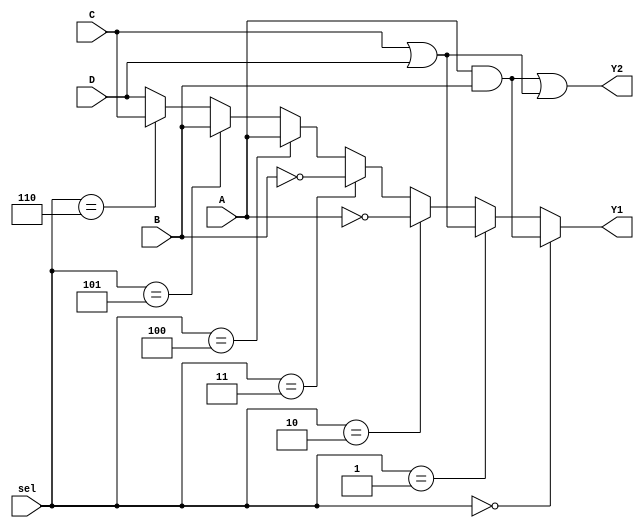
module CLB (
    input wire A,        // Input A
    input wire B,        // Input B
    input wire C,        // Input C
    input wire D,        // Input D
    input wire [2:0] sel, // Select signal for operation
    output wire Y1,      // Output Y1
    output wire Y2       // Output Y2
    );

    // Internal signal declarations
    wire and_out;
    wire or_out;
    wire not_a;
    wire not_b;
    wire mux_out;

    // Logic elements
    assign and_out = A & B;            // AND operation
    assign or_out = C | D;              // OR operation
    assign not_a = ~A;                  // NOT operation
    assign not_b = ~B;                  // NOT operation

    // Multiplexer for output selection based on 'sel'
    assign mux_out = (sel == 3'b000) ? and_out : // Select AND operation
                     (sel == 3'b001) ? or_out :  // Select OR operation
                     (sel == 3'b010) ? not_a :   // Select NOT A operation
                     (sel == 3'b011) ? not_b :   // Select NOT B operation
                     (sel == 3'b100) ? A :       // Direct pass A
                     (sel == 3'b101) ? B :       // Direct pass B
                     (sel == 3'b110) ? C :       // Direct pass C
                     D;                           // Direct pass D

    // Output Y1 and Y2 as programmable outputs based on internal logic
    assign Y1 = mux_out;                 // Output Y1 from the multiplexer
    assign Y2 = and_out | or_out;        // Example output Y2 as OR of AND and OR outputs

endmodule